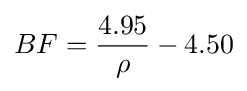
BF={\frac {4.95}{\rho }}-4.50